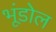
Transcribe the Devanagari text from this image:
भूंडोल